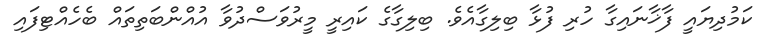
ކަމުދިޔައީ ފާޚާނައިގާ ހުރި ފުޅާ ބިލިގާއެވެ. ބިލިގާގެ ކައިރީ މީރުވަސްދުވާ އުއްންބަތިތައް ބެހެއްޓިފައި